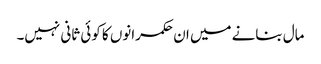
مال بنانے میں ان حکمرانوں کا کوئی ثانی نہیں۔